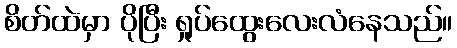
စိတ်ထဲမှာ ပိုပြီး ရှုပ်ထွေးလေးလံနေသည်။